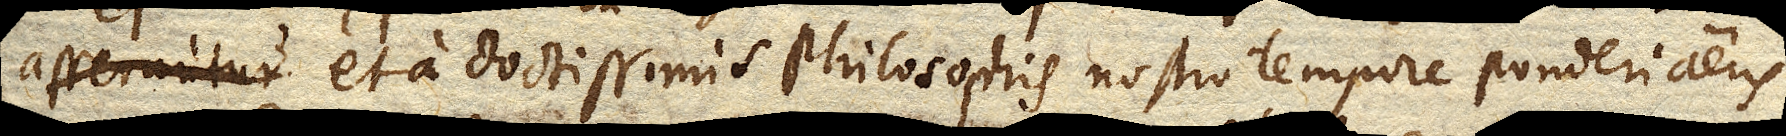
asseruntur et a doctissimis philosophis nostro tempore ponderi aeris